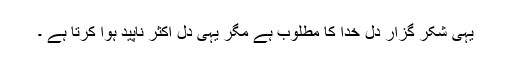
یہی شکر گزار دل خدا کا مطلوب ہے مگر یہی دل اکثر ناپید ہوا کرتا ہے ۔